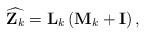
LaTeX: \begin{align*}\widehat{\mathbf{Z}_k} = \mathbf{L}_k\left(\mathbf{M}_k + \mathbf{I} \right),\end{align*}